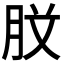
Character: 𭨰